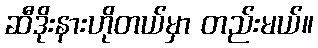
ဆီဒိုးနားဟိုတယ်မှာ တည်းမယ်။